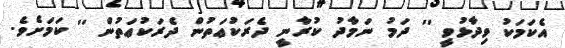
އެކަމަކު ވިދާޅުވީ '' ދަމު ނަމާދު ކުރާނީ ދެރަކުޢަތުން ދެރަކުޢަތުން '' ކަމަށެވެ.